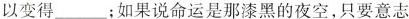
以变得___；如果说命运是那漆黑的夜空，只要意志